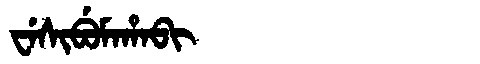
Manchu: ᠸᡝᠰᡳᠪᡠᠮᠠᡥᠠᠪᡳ
Romanization: WESIBUMAHABI